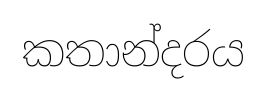
කතාන්දරය